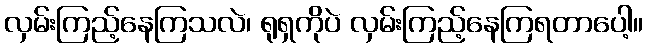
လှမ်းကြည့်နေကြသလဲ၊ ရုရှကိုပဲ လှမ်းကြည့်နေကြရတာပေါ့။